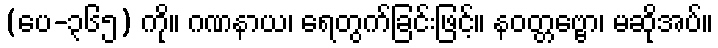
(ပေ-၃၆၅) ကို။ ဂဏနာယ၊ ရေတွက်ခြင်းဖြင့်။ နဝတ္တဗ္ဗော၊ မဆိုအပ်။